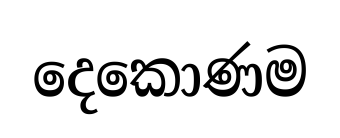
දෙකොණම